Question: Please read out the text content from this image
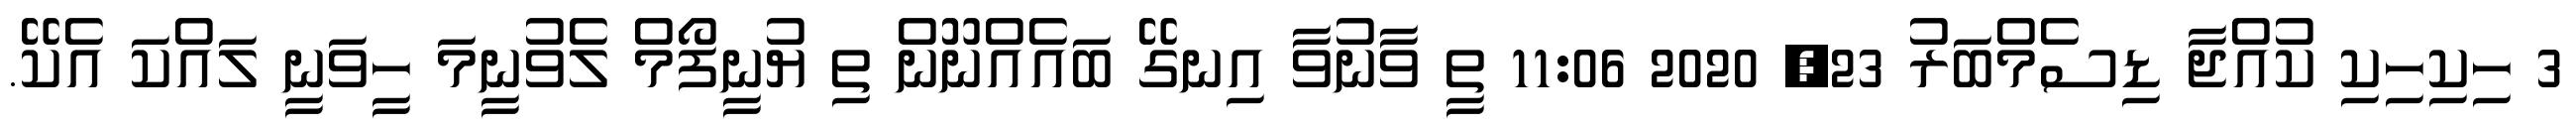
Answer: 3 ހިކިހިކި ކުއްޖާ ޑިސެމްބަރު 23, 2020 11:06 ތީ ވާނުވާ އިނގޭ ބައެއްނޫން ތި ޔުނީފޯމް ލެވުނީމަ ހީވަނީ ލައްކަ އެކޭ.